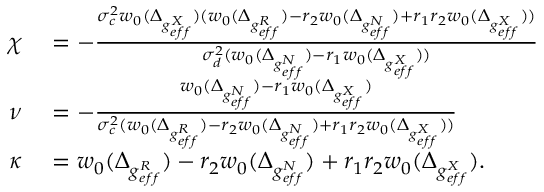
\begin{array} { r l } { \chi } & { { } = - \frac { \sigma _ { c } ^ { 2 } w _ { 0 } ( \Delta _ { g _ { e f f } ^ { X } } ) ( w _ { 0 } ( \Delta _ { g _ { e f f } ^ { R } } ) - r _ { 2 } w _ { 0 } ( \Delta _ { g _ { e f f } ^ { N } } ) + r _ { 1 } r _ { 2 } w _ { 0 } ( \Delta _ { g _ { e f f } ^ { X } } ) ) } { \sigma _ { d } ^ { 2 } ( w _ { 0 } ( \Delta _ { g _ { e f f } ^ { N } } ) - r _ { 1 } w _ { 0 } ( \Delta _ { g _ { e f f } ^ { X } } ) ) } } \\ { \nu } & { { } = - \frac { w _ { 0 } ( \Delta _ { g _ { e f f } ^ { N } } ) - r _ { 1 } w _ { 0 } ( \Delta _ { g _ { e f f } ^ { X } } ) } { \sigma _ { c } ^ { 2 } ( w _ { 0 } ( \Delta _ { g _ { e f f } ^ { R } } ) - r _ { 2 } w _ { 0 } ( \Delta _ { g _ { e f f } ^ { N } } ) + r _ { 1 } r _ { 2 } w _ { 0 } ( \Delta _ { g _ { e f f } ^ { X } } ) ) } } \\ { \kappa } & { { } = w _ { 0 } ( \Delta _ { g _ { e f f } ^ { R } } ) - r _ { 2 } w _ { 0 } ( \Delta _ { g _ { e f f } ^ { N } } ) + r _ { 1 } r _ { 2 } w _ { 0 } ( \Delta _ { g _ { e f f } ^ { X } } ) . } \end{array}